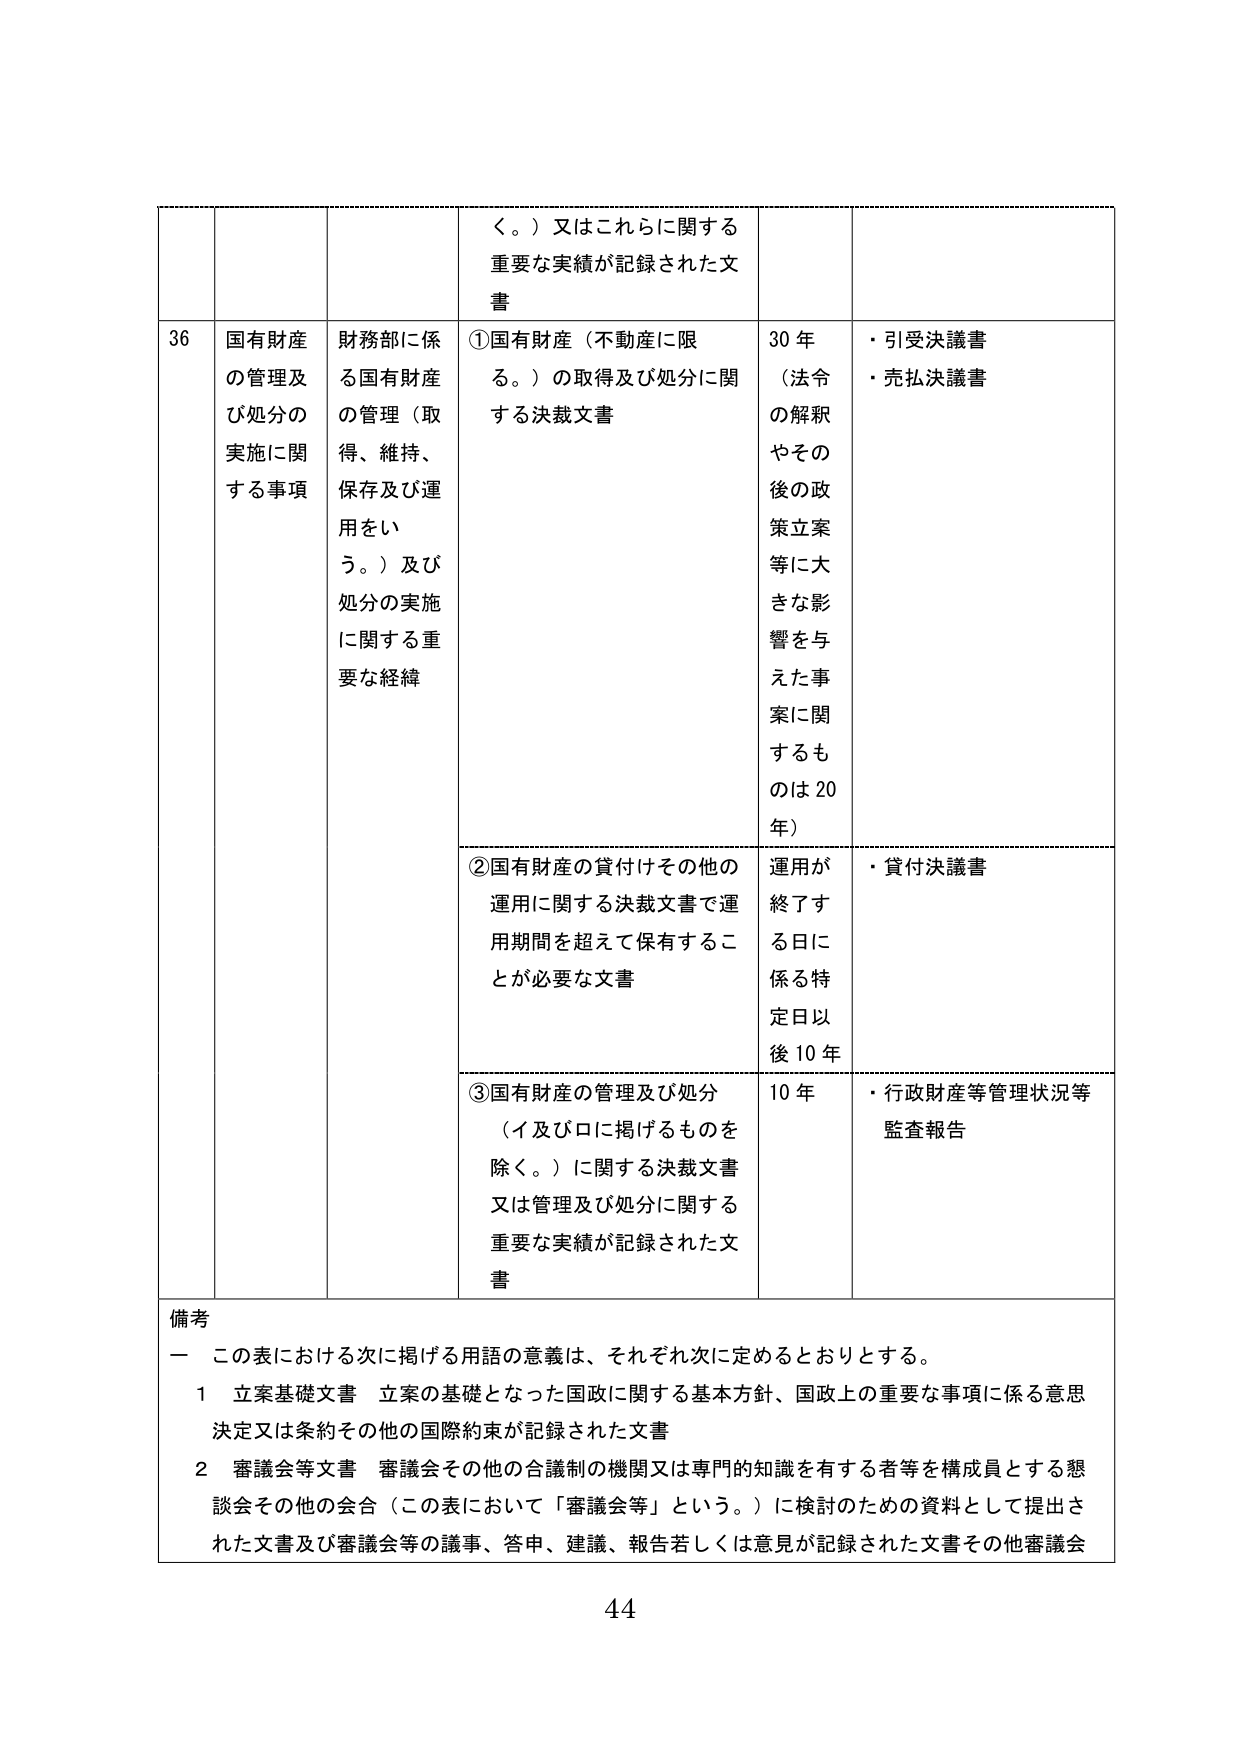
く。）又はこれらに関する
重要な実績が記録された文書

36 国有財産
の管理及び処分の
実施に関する事項
財務部に係る国有財産
の管理（取得、維持、
保存及び運用をいう。）及び
処分の実施に関する重要な経緯

①国有財産（不動産に限る。）の取得及び処分に関する決裁文書
30年
（法令の解釈やその後の政策立案等に大きな影響を与えた事案に関するものは20年）
・引受決議書
・売払決議書

②国有財産の貸付けその他の運用に関する決裁文書で運用期間を超えて保存することが必要な文書
運用が終了する日に係る特定日以後10年
・貸付決議書

③国有財産の管理及び処分（イ及びロに掲げるものを除く。）に関する決裁文書又は管理及び処分に関する重要な実績が記録された文書
10年
・行政財産等管理状況等監査報告

備考
一 この表における次に掲げる用語の意義は、それぞれ次に定めるとおりとする。
1 立案基礎文書 立案の基礎となった国政に関する基本方針、国政上の重要な事項に係る意思決定又は条約その他の国際約束が記録された文書
2 審議会等文書 審議会その他の合議制の機関又は専門的知識を有する者等を構成員とする懇談会その他の会合（この表において「審議会等」という。）に検討のための資料として提出された文書及び審議会等の議事、答申、建議、報告若しくは意見が記録された文書その他審議会

44